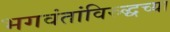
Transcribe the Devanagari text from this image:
भगवंतांविरुद्धच्या